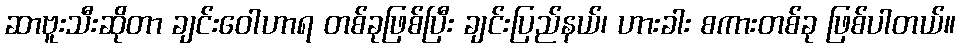
ဆာဗူးသီးဆိုတာ ချင်းဝေါဟာရ တစ်ခုဖြစ်ပြီး ချင်းပြည်နယ်၊ ဟားခါး စကားတစ်ခု ဖြစ်ပါတယ်။